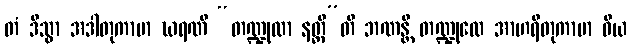
တံ ဒိသွာ အဒါတုကာမာ ဃရဏီ “တဏ္ဍုလာ နတ္ထီ”တိ ဘဏန္တီ တဏ္ဍုလေ အာဟရိတုကာမာ ဝိယ